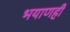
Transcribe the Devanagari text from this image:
भयाणही